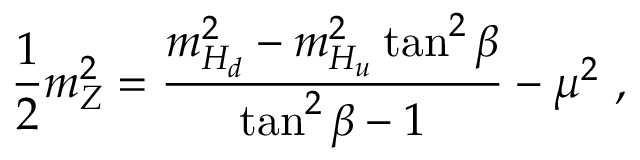
\frac { 1 } { 2 } m _ { Z } ^ { 2 } = \frac { m _ { H _ { d } } ^ { 2 } - m _ { H _ { u } } ^ { 2 } \tan ^ { 2 } \beta } { \tan ^ { 2 } \beta - 1 } - \mu ^ { 2 } \ ,